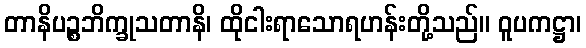
တာနိပဉ္စဘိက္ခုသတာနိ၊ ထိုငါးရာသောရဟန်းတို့သည်။ ဝူပကဋ္ဌာ၊